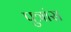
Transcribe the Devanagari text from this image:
पुत्रांस